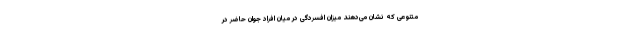
متنوعی که نشان می‌دهند میزان افسردگی در میان افراد جوانِ حاضر در